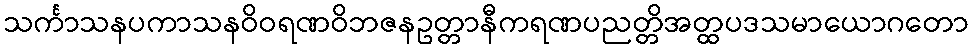
သင်္ကာသနပကာသနဝိဝရဏဝိဘဇနဥတ္တာနီကရဏပညတ္တိအတ္ထပဒသမာယောဂတော